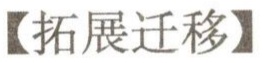
【拓展迁移】